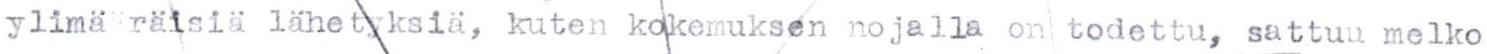
ylimä räisiä lähetyksiä, kuten kokemuksen nojalla on todettu, sattuu melko